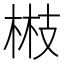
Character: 𭪘